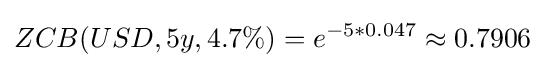
ZCB(USD,5y,4.7\%)=e^{-5*0.047}\approx 0.7906